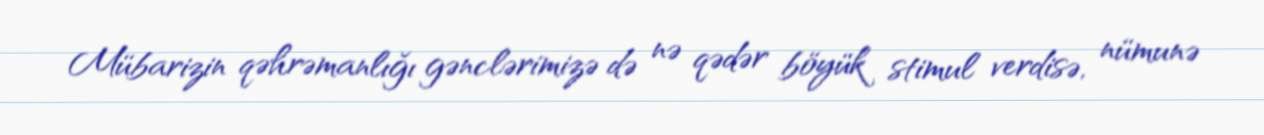
Mübarizin qəhrəmanlığı gənclərimizə də nə qədər böyük stimul verdisə, nümunə